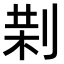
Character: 𠝚